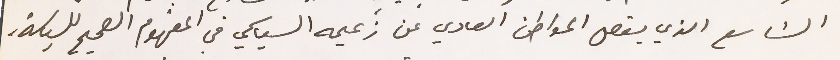
الشاسع الذي يفصل المواطن العادي عن زعيمه السياسي فى المفهوم الصحيح للسياسة.